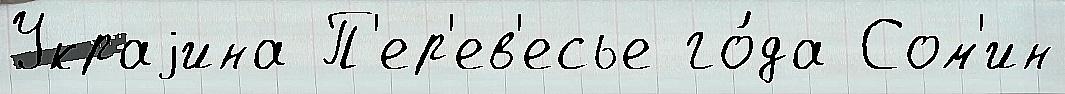
Украjина П'ер'ев'есье го́да Сом'ин